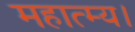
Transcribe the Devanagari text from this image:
महात्म्य।